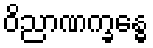
ဝိညာဏက္ခန္ဓေ